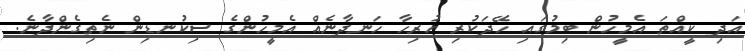
އަދި ކީއްތަ އެމީހުން ބިމުގައި ހޭދަކުރި ހުރިހާ ހަނދާނެއް އެމީހުންގެ ސިކުނޑިން ނެތިގެންދާނެ.